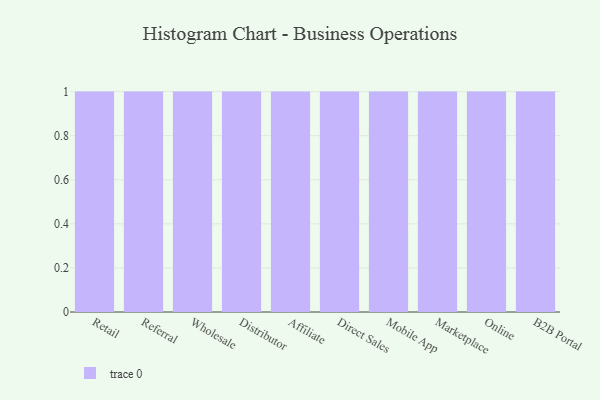
{"axis": {"x": "Channel", "y": "Shipments"}, "legend": [""], "data": [{"x": "Retail", "y": 80, "type": ""}, {"x": "Referral", "y": 37, "type": ""}, {"x": "Wholesale", "y": 48, "type": ""}, {"x": "Distributor", "y": 23, "type": ""}, {"x": "Affiliate", "y": 33, "type": ""}, {"x": "Direct Sales", "y": 84, "type": ""}, {"x": "Mobile App", "y": 79, "type": ""}, {"x": "Marketplace", "y": 71, "type": ""}, {"x": "Online", "y": 2, "type": ""}, {"x": "B2B Portal", "y": 10, "type": ""}]}